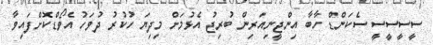
ސީސީސީސީ ސެކަންޑް ހާބާ އިންޖީނިއަރިން ބުރިޖު އެޅުމަށް މިދިޔަ ހުކުރު ދުވަހު އެވޯޑްކޮށްފައިވާ